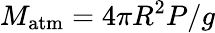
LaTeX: M_{\mathrm{atm}}=4\pi R^{2}P/g